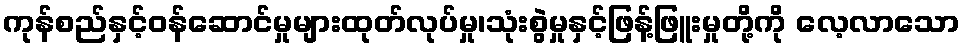
ကုန်စည်နှင့်ဝန်ဆောင်မှုများထုတ်လုပ်မှု၊သုံးစွဲမှုနှင့်ဖြန့်ဖြူးမှုတို့ကို လေ့လာသော